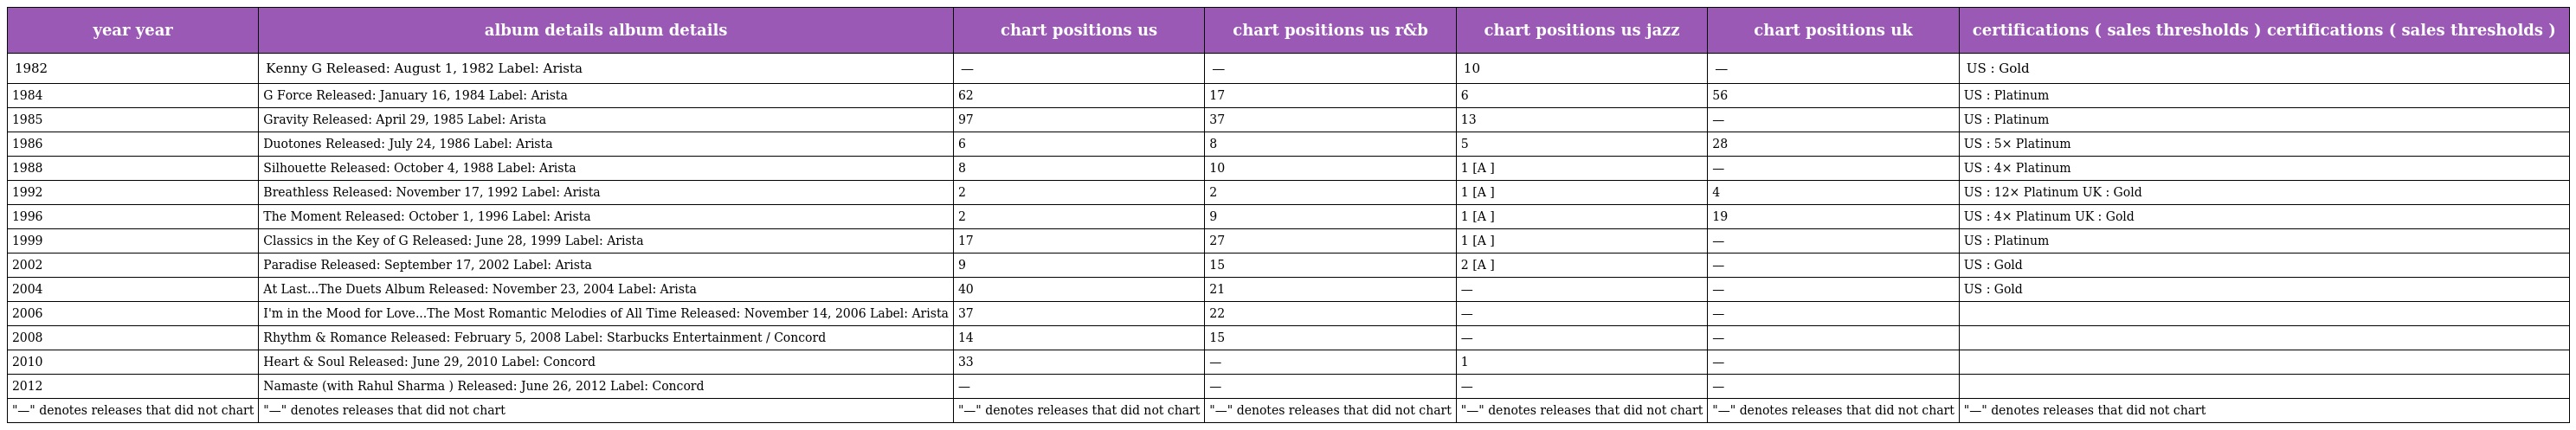
| year year | album details album details | chart positions us | chart positions us r&b | chart positions us jazz | chart positions uk | certifications ( sales thresholds ) certifications ( sales thresholds ) |
 | --- | --- | --- | --- | --- | --- | --- |
 | 1982 | Kenny G Released: August 1, 1982 Label: Arista | — | — | 10 | — | US : Gold |
 | 1984 | G Force Released: January 16, 1984 Label: Arista | 62 | 17 | 6 | 56 | US : Platinum |
 | 1985 | Gravity Released: April 29, 1985 Label: Arista | 97 | 37 | 13 | — | US : Platinum |
 | 1986 | Duotones Released: July 24, 1986 Label: Arista | 6 | 8 | 5 | 28 | US : 5× Platinum |
 | 1988 | Silhouette Released: October 4, 1988 Label: Arista | 8 | 10 | 1 [A ] | — | US : 4× Platinum |
 | 1992 | Breathless Released: November 17, 1992 Label: Arista | 2 | 2 | 1 [A ] | 4 | US : 12× Platinum UK : Gold |
 | 1996 | The Moment Released: October 1, 1996 Label: Arista | 2 | 9 | 1 [A ] | 19 | US : 4× Platinum UK : Gold |
 | 1999 | Classics in the Key of G Released: June 28, 1999 Label: Arista | 17 | 27 | 1 [A ] | — | US : Platinum |
 | 2002 | Paradise Released: September 17, 2002 Label: Arista | 9 | 15 | 2 [A ] | — | US : Gold |
 | 2004 | At Last...The Duets Album Released: November 23, 2004 Label: Arista | 40 | 21 | — | — | US : Gold |
 | 2006 | I'm in the Mood for Love...The Most Romantic Melodies of All Time Released: November 14, 2006 Label: Arista | 37 | 22 | — | — |  |
 | 2008 | Rhythm & Romance Released: February 5, 2008 Label: Starbucks Entertainment / Concord | 14 | 15 | — | — |  |
 | 2010 | Heart & Soul Released: June 29, 2010 Label: Concord | 33 | — | 1 | — |  |
 | 2012 | Namaste (with Rahul Sharma ) Released: June 26, 2012 Label: Concord | — | — | — | — |  |
 | "—" denotes releases that did not chart | "—" denotes releases that did not chart | "—" denotes releases that did not chart | "—" denotes releases that did not chart | "—" denotes releases that did not chart | "—" denotes releases that did not chart | "—" denotes releases that did not chart |